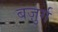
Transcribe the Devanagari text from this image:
बज़ुर्ग